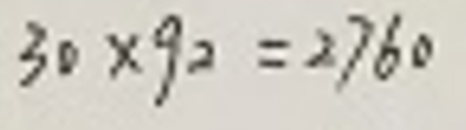
$3 0 \times 9 2 = 2 7 6 0$